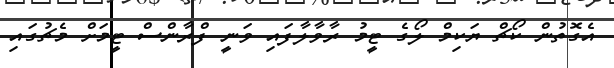
އެގޮތުން ކޯޗް ޔަކިމް ލޯގެ ޓީމު ރާވާލާފައި ވަނީ ފްރާންސް ޓީމަށް މެޗުގައި